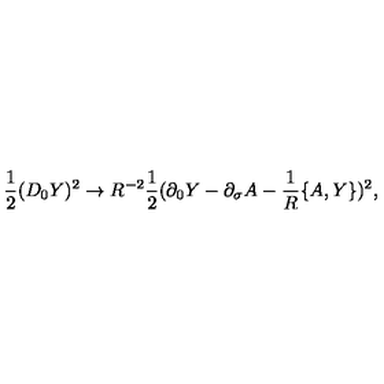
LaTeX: { \frac { 1 } { 2 } } ( D _ { 0 } Y ) ^ { 2 } \rightarrow R ^ { - 2 } { \frac { 1 } { 2 } } ( \partial _ { 0 } Y - \partial _ { \sigma } A - { \frac { 1 } { R } } \{ A , Y \} ) ^ { 2 } ,